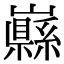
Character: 𡾥